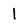
Character: 1